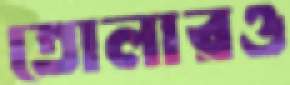
তোলারও